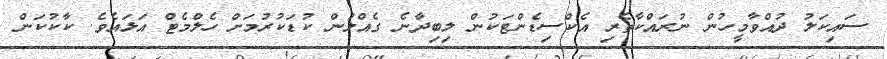
ސައިކަލު ދުއްވާމީހުން ނުރައްކާތެރި އެކްސިޑެންޓަކުން ލިބިދާނެ ގެއްލުން ކުޑަކުރުމަށް ހެލްމެޓް އަޅައެވެ. ކާކުކަން